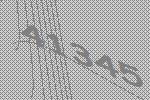
41345